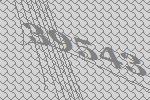
39543